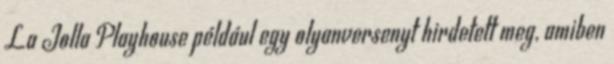
La Jolla Playhouse például egy olyanversenyt hirdetett meg, amiben